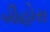
બીહોરા